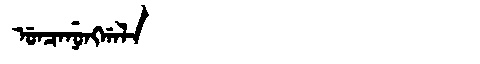
Manchu: ᡠᠨᠴᠠᠨᡠᠩᡤᠠᠯᠠ
Romanization: UNCANUNGGALA